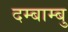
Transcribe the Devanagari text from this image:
दम्बाम्बु